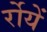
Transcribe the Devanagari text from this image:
र्रोयें